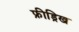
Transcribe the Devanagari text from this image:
फ्रीड्रिख